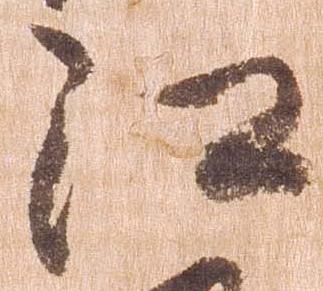
江